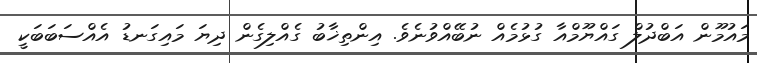
މައުމޫން އަބްދުލް ގައްޔޫމްއާ ގުޅުމެއް ނުބޭއްވުނެވެ. އިންތިޚާބު ގެއްލިގެން ދިޔަ މައިގަނޑު އެއްސަބަބަކީ